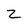
Character: z